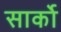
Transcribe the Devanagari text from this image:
सार्को